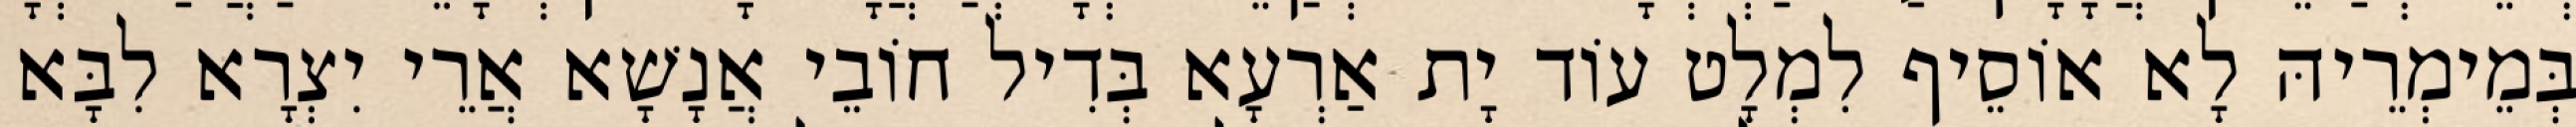
בְּמֵימְרֵיהּ לָא אוֹסֵיף לִמְלָט עוֹד יָת אַרְעָא בְּדִיל חוֹבֵי אֲנָשָׁא אֲרֵי יִצְרָא לִבָּא